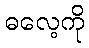
ဓလေ့ကို